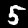
Digit: 5